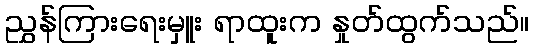
ညွှန်ကြားရေးမှူး ရာထူးက နှုတ်ထွက်သည်။